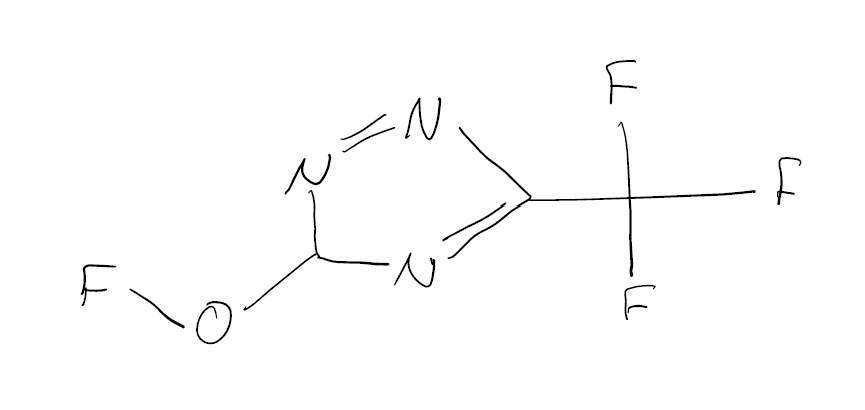
Simplified molecular-input line-entry system (SMILES) notation of the given molecule:
C1(N=C(N=N1)C(F)(F)F)OF